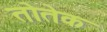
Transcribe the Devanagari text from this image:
तोतेक